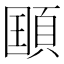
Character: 𲊯